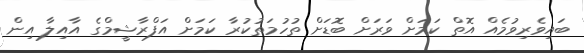
ބައިވެރިވުމެއް އޮތް ކަމަށް ވަރަށް ބޮޑަށް ތުހުމަތުކުރާ ކަމަށް އަފްރާޝީމްގެ އާއިލާ އިން